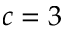
c = 3